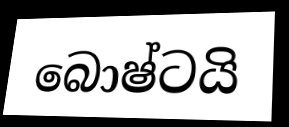
බොෂ්ටයි